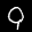
Label: 9